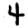
Digit: 4